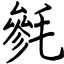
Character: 毿